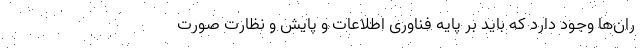
ران‌ها وجود دارد که باید بر پایه فناوری اطلاعات و پایش و نظارت صورت